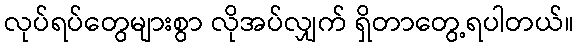
လုပ်ရပ်တွေများစွာ လိုအပ်လျှက် ရှိတာတွေ့ရပါတယ်။